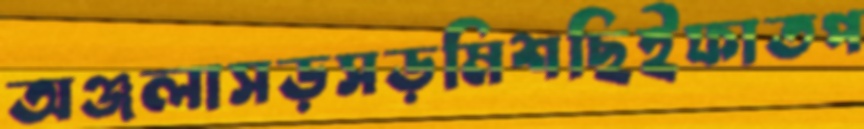
অঞ্জলাসড়সড়মিশছিইফাতপ